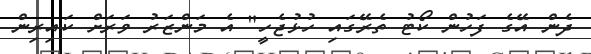
ދެން އޭގެ ފަހުން ކޯޓު ތެރޭގައި ހުޅުޖެހީ" އެ މަންޒަރު ވަރަށް ކައިރިން